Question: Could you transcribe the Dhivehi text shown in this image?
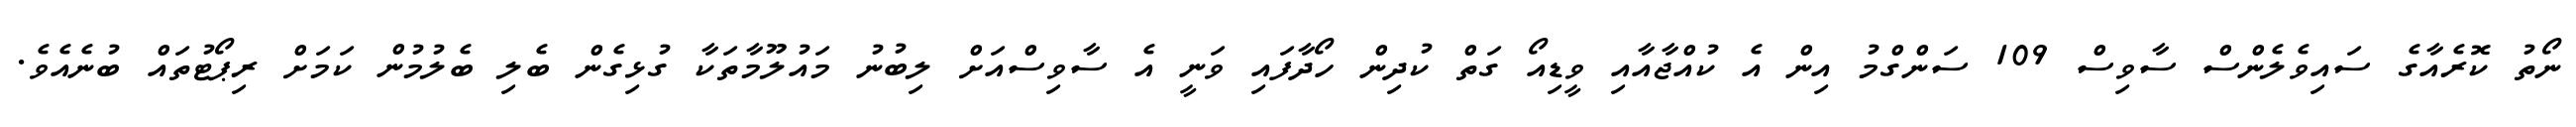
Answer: ނޯތު ކޮރެއާގެ ސައިވެލެންސް ސާވިސް 109 ސަންގްމު އިން އެ ކުއްޖާއާއި ވީޑިއޯ ގަތް ކުދިން ހޯދާފައި ވަނީ އެ ސާވިސްއަށް ލިބުނު މައުލޫމާތަކާ ގުޅިގެން ބެލި ބެލުމުން ކަމަށް ރިޕޯޓުތައް ބުނެއެވެ.